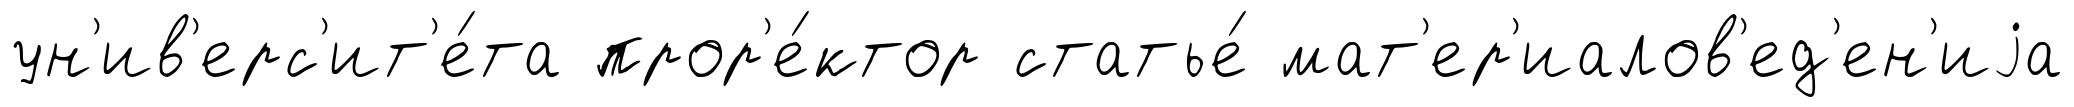
ун'ив'ерс'ит'е́та прор'е́ктор статье́ мат'ер'иалов'ед'ен'иjа